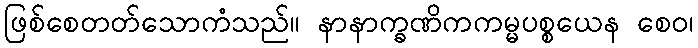
ဖြစ်စေတတ်သောကံသည်။ နာနာက္ခဏိကကမ္မပစ္စယေန စေဝ၊